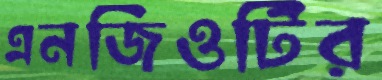
এনজিওটির